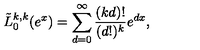
\tilde { L } _ { 0 } ^ { k , k } ( e ^ { x } ) = \sum _ { d = 0 } ^ { \infty } \frac { ( k d ) ! } { ( d ! ) ^ { k } } e ^ { d x } ,